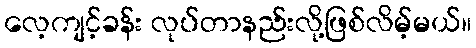
လေ့ကျင့်ခန်း လုပ်တာနည်းလို့ဖြစ်လိမ့်မယ်။